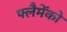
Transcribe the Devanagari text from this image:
फ्लैमेंको